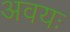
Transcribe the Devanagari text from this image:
अवयः